Vaccination North-Western Provinces and Oudh 1878-1895 - 1878-1895
Year: 1878
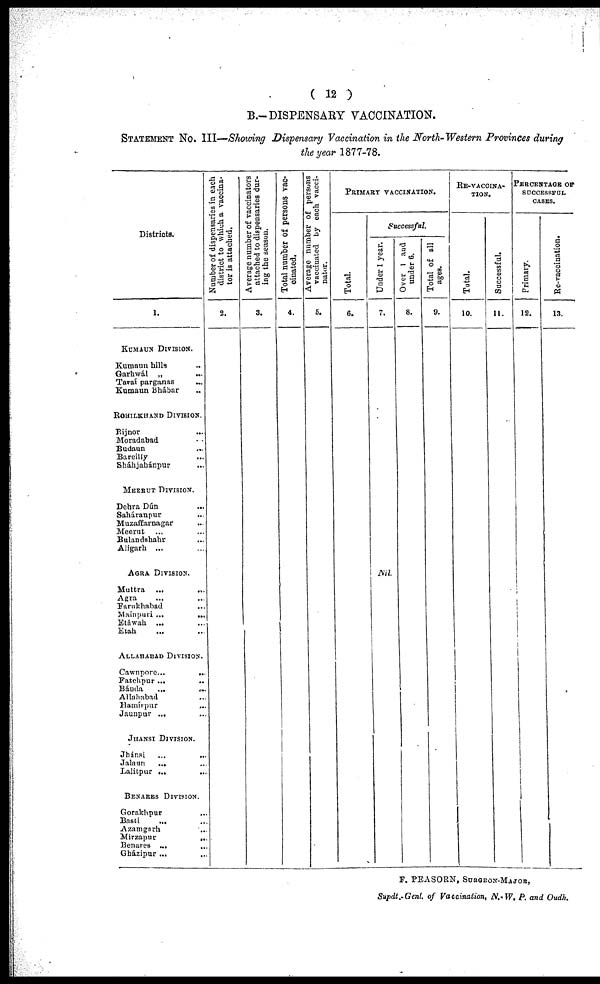
( 12 )
B.—DISPENSARY VACCINATION.
STATEMENT No. III—Showing Dispensary Vaccination in the North-Western Provinces during
the year 1877-78.
Districts.
1.
KUMAUN DIVISION.
Kumaun hills ...
Garhwál „ ...
Tarai parganas ...
Kumaun Bhábar ...
ROHILKHAND DIVISION.
Rijnor ...
Moradabad ...
Budaun ...
Bareilly
...
Sháhjabánpur ...
MEERUT DIVISION.
Dehra Dún ...
Saháranpur ...
Muzaffarnagar ...
Meerut ... ...
Bulandshahr ...
Aligarh ...
AGRA DIVISION.
Muttra
... ...
Agra ... ...
Farukhabad ... ...
Mainpuri ...
...
Etáwah
... ...
Etah ... ...
ALLAHABAD DIVISION.
Cawnpore...
...
Fatehpur ... ...
Bánda
...
...
Allahabad ...
Hamirpur ...
Jaunpur ...
JHANSI DIVISION.
Jhansi
...
...
Jalaun
... ...
Lalitpur ... ...
BENARES DIVISIION.
Gorakhpur ...
Basti ... ...
Azamgarh ...
Mirzapur
...
Benares ... ...
Gházipur ... ...
Number of dispensaries in each
district to which a vaccina-
tor is attached.
2.
Average number of vaccinators
attached to dispensaries dur-
ing the season.
3.
Total number of persons vac-
cinated.
4.
Average number of persons
vaccinated
by each vacci-
nator.
5.
PRIMARY VACCINATION.
Successful.
Total.
6.
Under 1 year.
7.
Nil.
Over 1 and
under 6.
8.
Total of all
ages.
9.
RE-VACCINA-
----.
Total.
10.
Successful.
11.
PERCENTAGE OF
SUCCESSFUL
CASES.
Primary.
12.
Re-vaccination.
13.
F. PEASORN, SURGEON-MAJOR,
Supdt.-Genl. of Vaccination, N.-W, P, and Oudh.